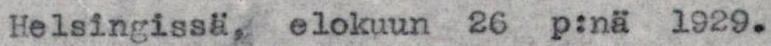
Helsingissä, elokuun 26 p:nä 1929.